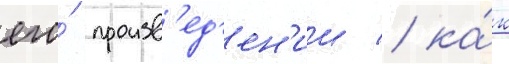
его́ произв'ед'ен'ии / ка́к